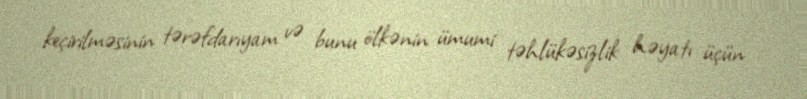
keçirilməsinin tərəfdarıyam və bunu ölkənin ümumi təhlükəsizlik həyatı üçün